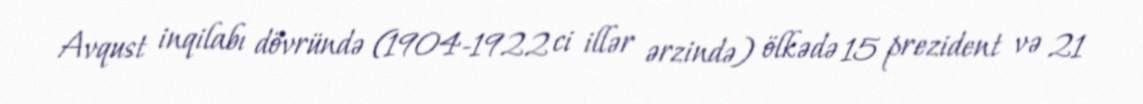
Avqust inqilabı dövründə (1904-1922 ci illər ərzində) ölkədə 15 prezident və 21